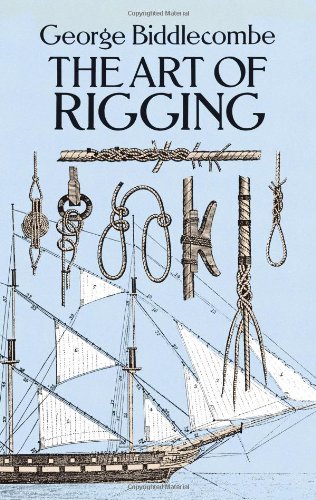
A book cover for The Art of Rigging (Dover Maritime); George Biddlecombe; Engineering & Transportation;